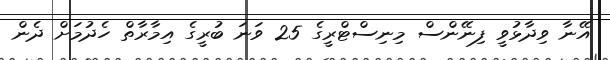
އޭނާ ވިދާޅުވީ ފިނޭންސް މިނިސްޓްރީގެ 25 ވަނަ ބުރީގެ އިމާރާތް ހެދުމަށް ދެން